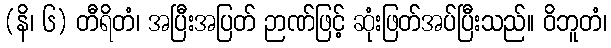
(နိ၊ ၆) တီရိတံ၊ အပြီးအပြတ် ဉာဏ်ဖြင့် ဆုံးဖြတ်အပ်ပြီးသည်။ ဝိဘူတံ၊